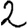
Digit: 2